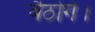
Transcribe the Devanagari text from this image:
बैठोगे।